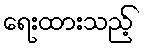
ရေးထားသည့်